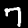
Label: 7